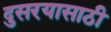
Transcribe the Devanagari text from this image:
दुसरयासाठी